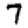
Digit: 7